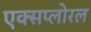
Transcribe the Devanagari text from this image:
एक्सप्लोरल